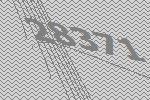
28371